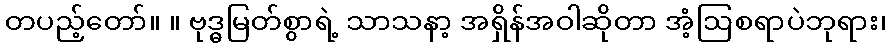
တပည့်တော်။ ။ ဗုဒ္ဓမြတ်စွာရဲ့ သာသနာ့ အရှိန်အဝါဆိုတာ အံ့ဩစရာပဲဘုရား၊